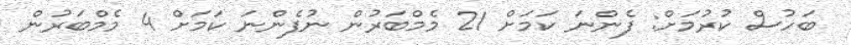
ބަހުސް ކުރުމަށް: ފެންނަ ކަމަށް 21 މެމްބަރުން ނުފެންނަ ކަމަށް 4 މެމްބަރުން